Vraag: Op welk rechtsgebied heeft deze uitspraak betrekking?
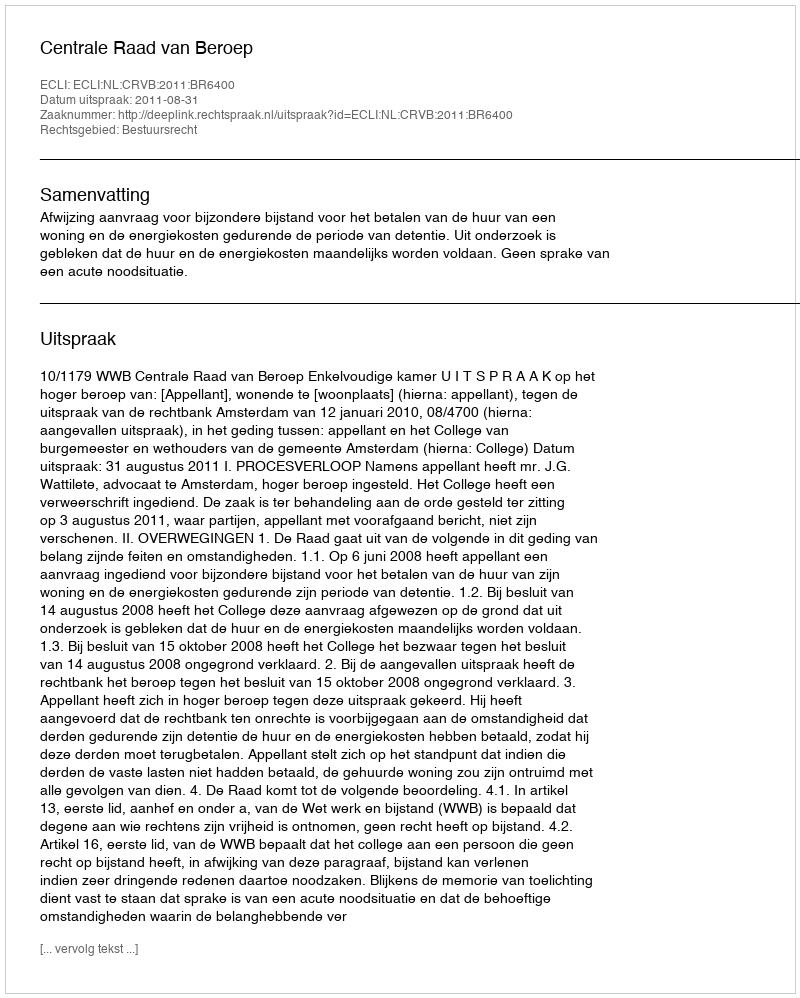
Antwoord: Bestuursrecht